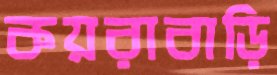
কয়রাবাড়ি